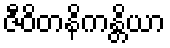
ဇီဝိတနိကန္တိယာ